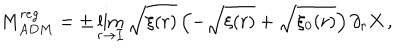
LaTeX: M _ { A D M } ^ { r e g } = \pm \lim _ { r \rightarrow { \mathcal { I } } } \sqrt { \xi ( r ) } \left( - \sqrt { \xi ( r ) } + \sqrt { \xi _ { 0 } ( r ) } \right) \partial _ { r } X \, ,